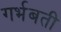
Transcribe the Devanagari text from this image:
गर्भबती